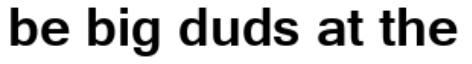
be big duds at the